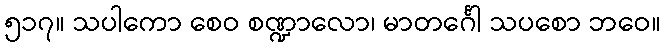
၅၁၇။ သပါကော စေဝ စဏ္ဍာလော၊ မာတင်္ဂေါ သပစော ဘဝေ။